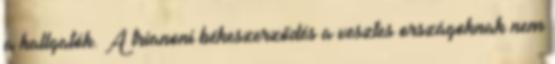
a hallgatók. A trianoni békeszerződés a vesztes országoknak nem